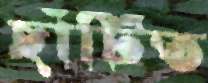
ছাঁটিত